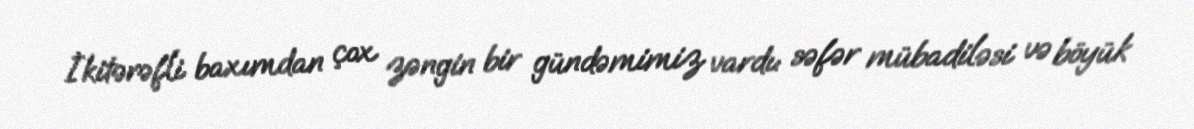
İkitərəfli baxımdan çox zəngin bir gündəmimiz vardı: səfər mübadiləsi və böyük